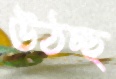
উঠচ্ছ